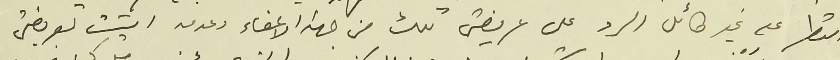
انتظر على غير طائل الرد على عريضتى تلك من جهة الاعفاء وعدمه اتيت بعريضتي